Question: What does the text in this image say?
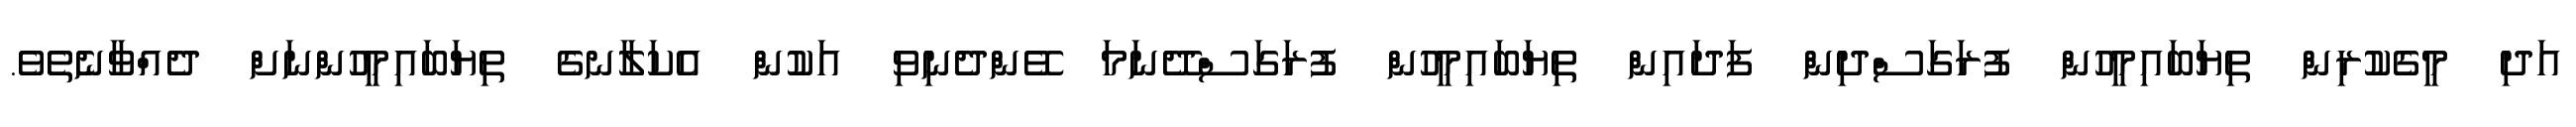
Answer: އަދި މީގެކުރިން ތިޔަބައިމީހުން ފުރަގަސްދިން ފަދައިން ތިޔަބައިމީހުން ފުރަގަސްދޭނަމަ ވޭންދެނިވި އަކުން އެކަލާނގެ ތިޔަބައިމީހުންނަށް ދެއްވާނެތެވެ.